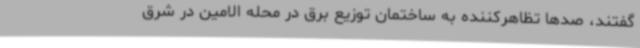
گفتند،‌ صدها تظاهرکننده به ساختمان توزیع برق در محله الامین در شرق